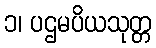
၁၊ ပဌမပိယသုတ္တ